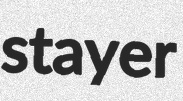
stayer